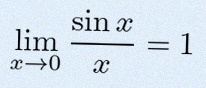
\lim_{x\to0}\frac{\sin x}{x}=1